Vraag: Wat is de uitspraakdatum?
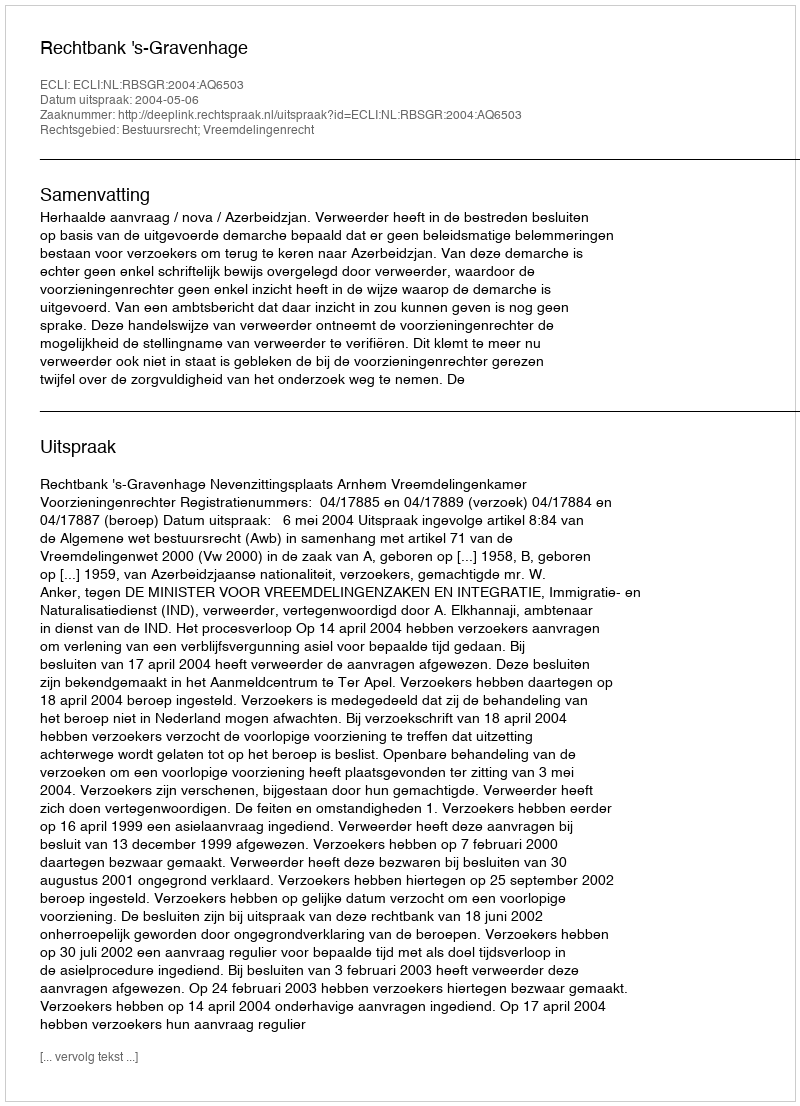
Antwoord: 2004-05-06